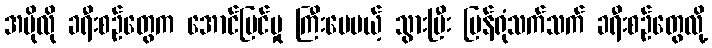
အပိုလို ခရီးစဉ်တွေက အောင်မြင်မှု ကြီးပေမယ့် သွားပြီး ပြန်ရုံသက်သက် ခရီးစဉ်တွေလို့